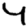
Digit: 4